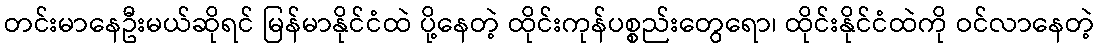
တင်းမာနေဦးမယ်ဆိုရင် မြန်မာနိုင်ငံထဲ ပို့နေတဲ့ ထိုင်းကုန်ပစ္စည်းတွေရော၊ ထိုင်းနိုင်ငံထဲကို ဝင်လာနေတဲ့